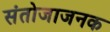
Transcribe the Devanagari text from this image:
संतोजाजनक